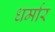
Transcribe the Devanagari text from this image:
धर्मार